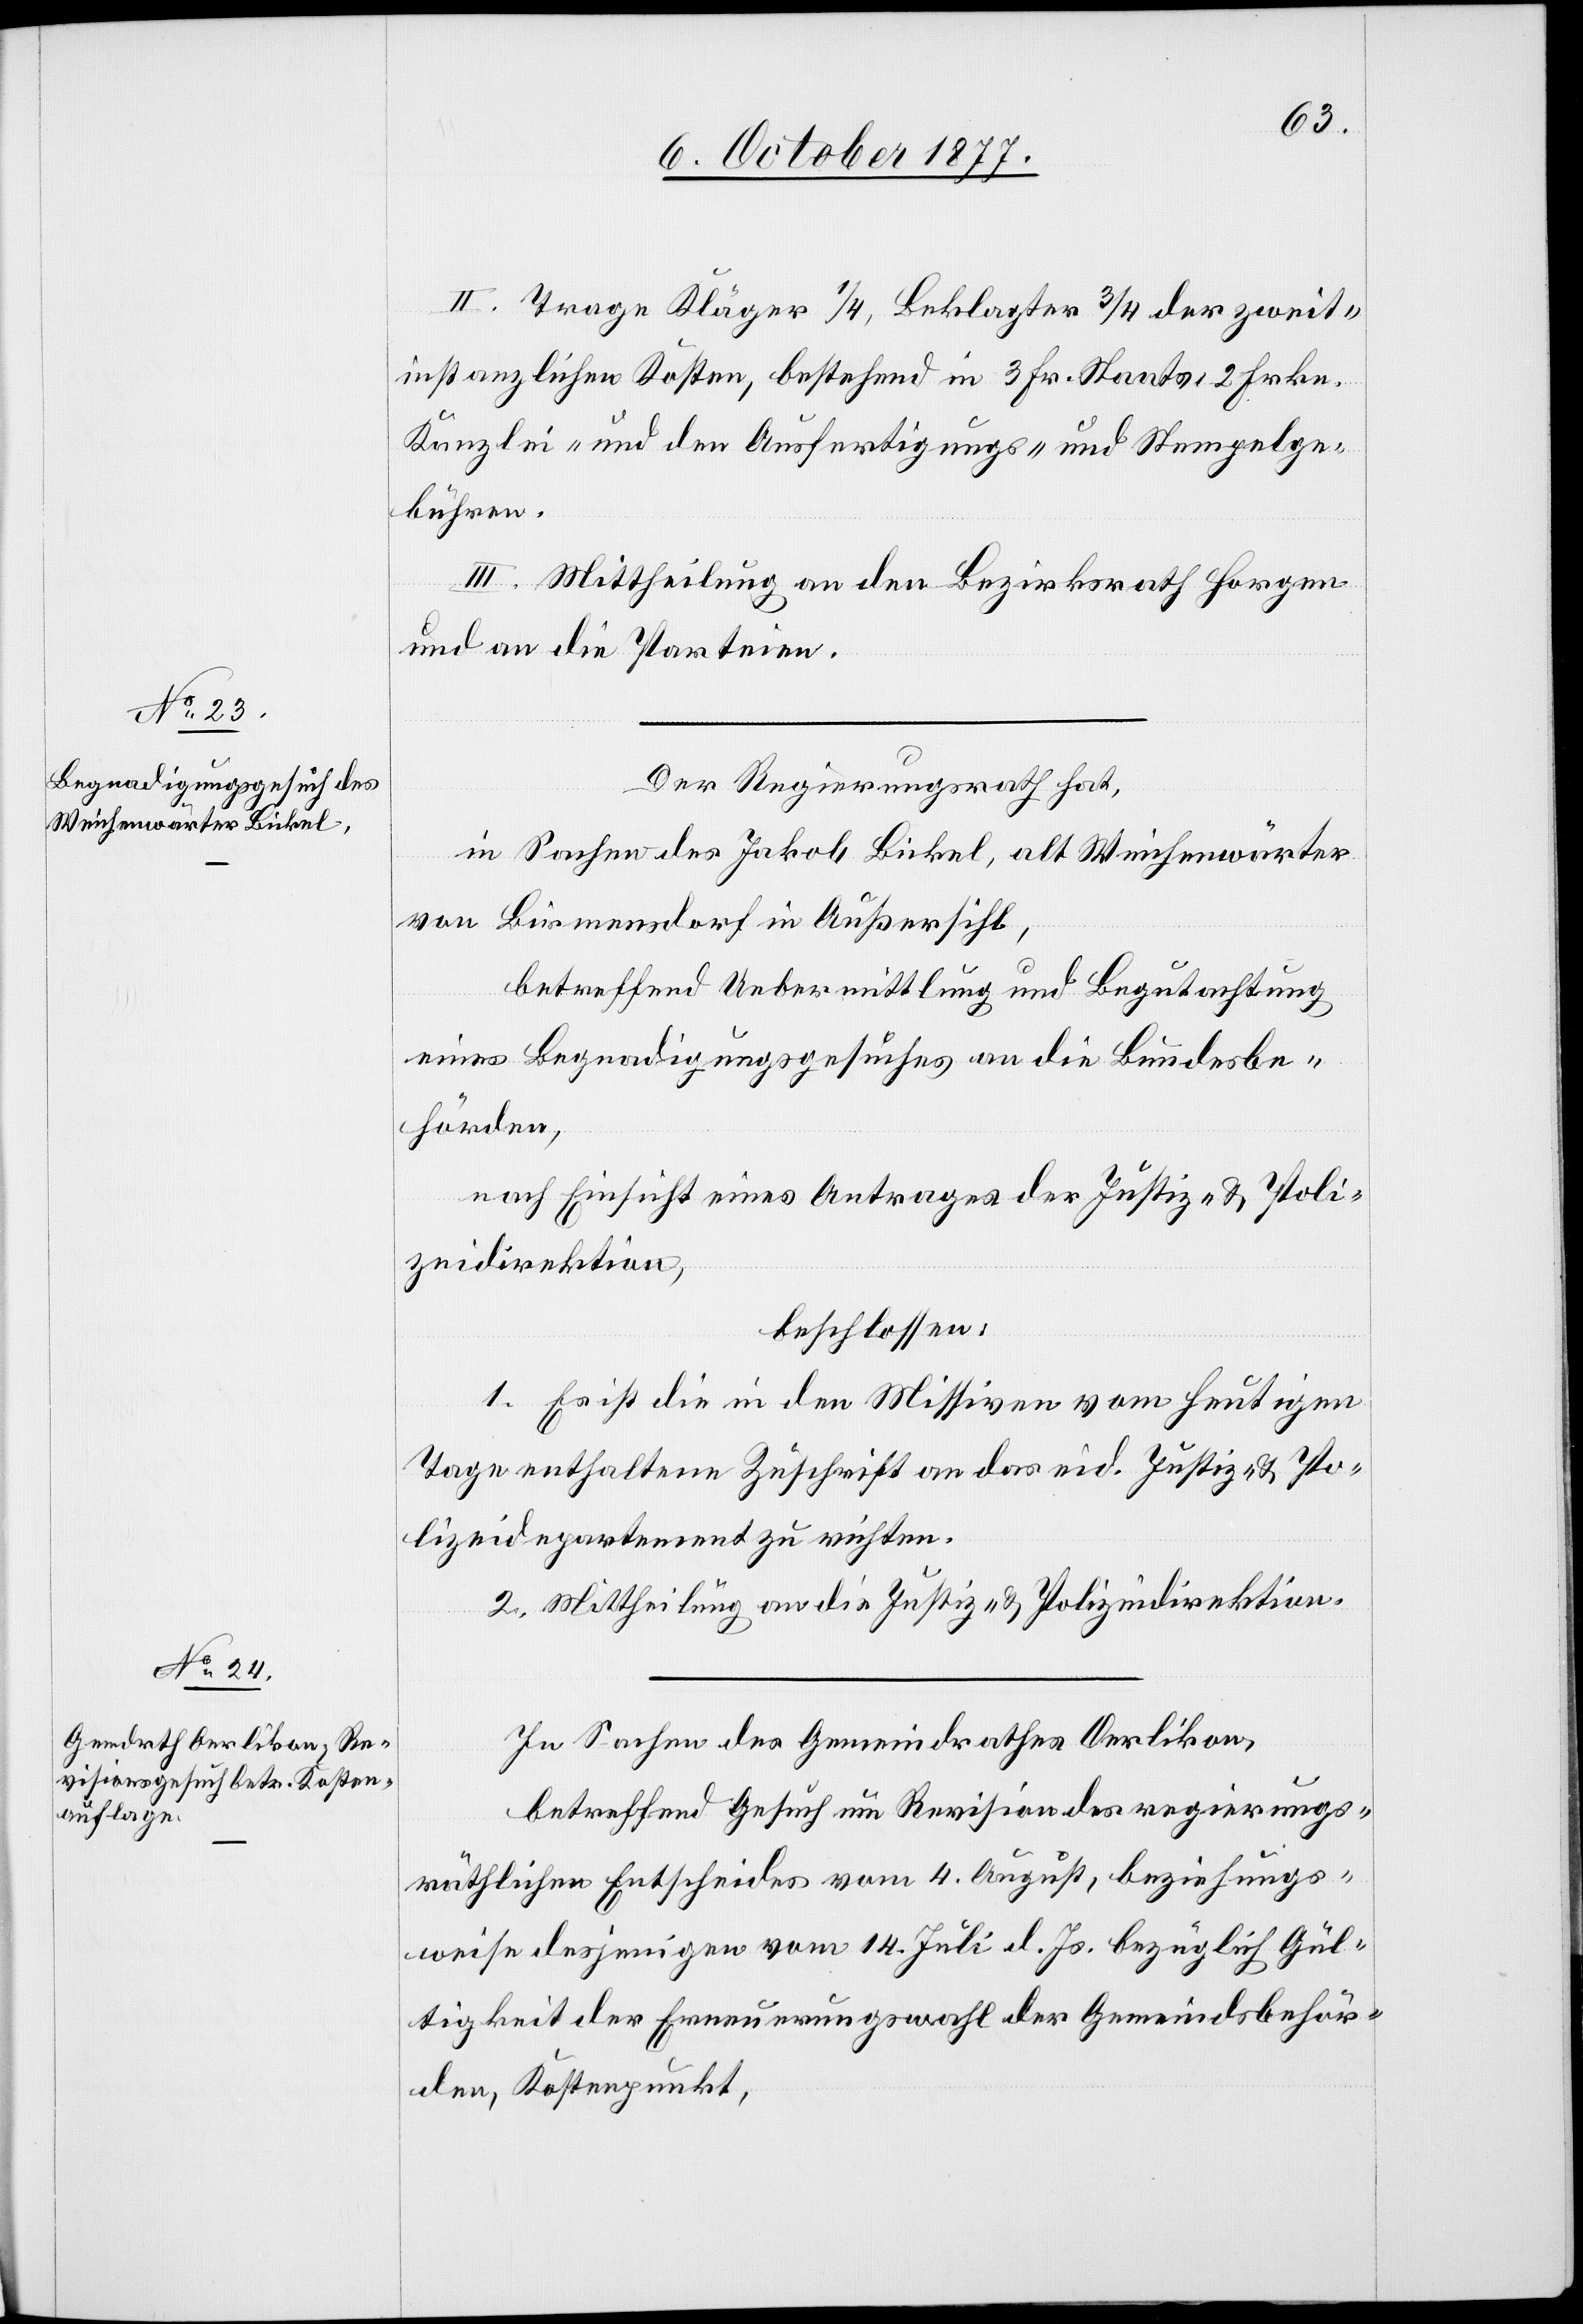
II. Trage Kläger 1/4, Beklagter 3/4 der zweit¬
instanzlichen Kosten, bestehend in 3 Fr. Staats-[,] 2 Frkn.
Kanzlei- und den Ausfertigungs- und Stempelge¬
bühren.
III. Mittheilung an den Bezirksrath Horgen
und an die Parteien.
Der Regierungsrath hat,
in Sachen des Jakob Bickel, alt Weichenwärter
von Birmensdorf in Außersihl,
betreffend Uebermittlung und Begutachtung
eines Begnadigungsgesuches an die Bundesbe¬
hörden,
nach Einsicht eines Antrages der Justiz- & Poli¬
zeidirektion,
beschlossen:
1. Es ist die in den Missiven vom heutigen
Tage enthaltene Zuschrift an das eid. Justiz- & Po¬
lizeidepartement zu richten.
2. Mittheilung an die Justiz- & Polizeidirektion.
In Sachen des Gemeindrathes Oerlikon,
betreffend Gesuch um Revision des regierungs¬
räthlichen Entscheides vom 4. August, beziehungs¬
weise desjenigen vom 14. Juli d. Js. bezüglich Gül¬
tigkeit der Erneuerungswahl der Gemeindsbehör¬
den, Kostenpunkt,